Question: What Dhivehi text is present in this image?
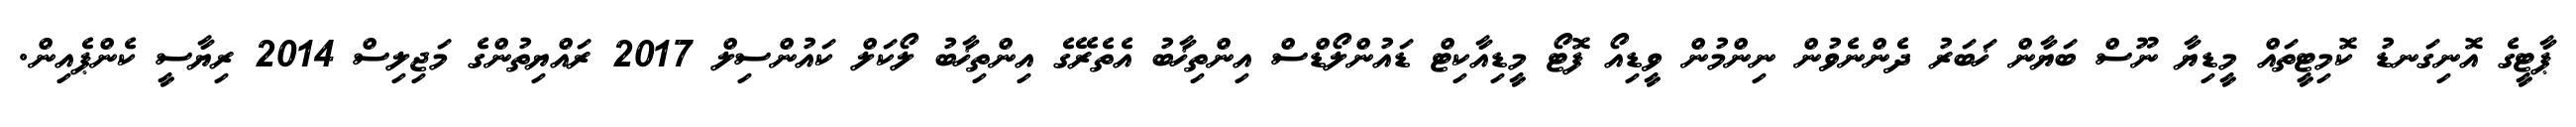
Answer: ޕާޓީގެ އޮނިގަނޑު ކޮމިޓީތައް މީޑިޔާ ނޫސް ބަޔާން ޚަބަރު ދެންނެވުން ނިންމުން ވީޑިއޯ ފޮޓޯ މީޑިއާކިޓް ޑައުންލޯޑްސް އިންތިޚާބު އެތެރޭގެ އިންތިޚާބު ލޯކަލް ކައުންސިލް 2017 ރައްޔިތުންގެ މަޖިލިސް 2014 ރިޔާސީ ކެންޕެއިން.